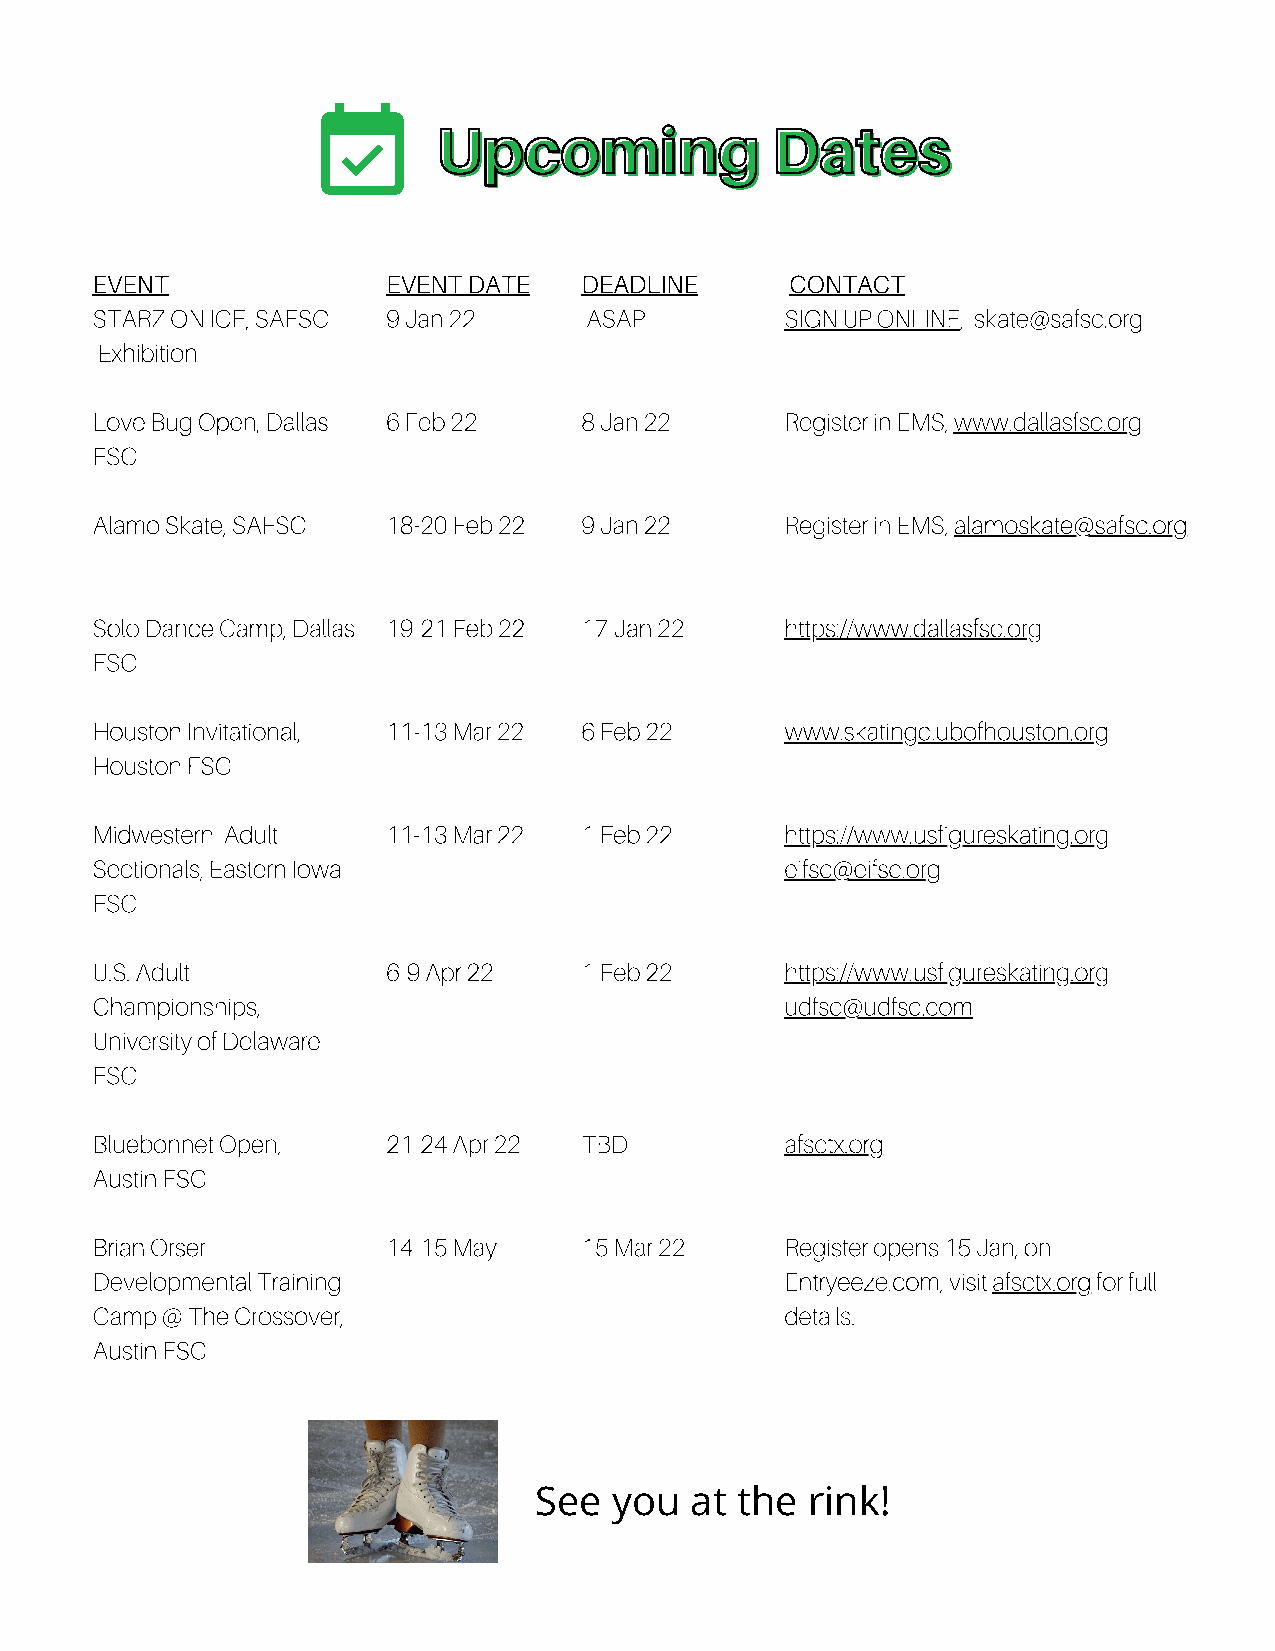
UUppccoommiinngg      DDaatteess
 EVENT               EVENT DATE  DEADLINE      CONTACT
 STARZ ON ICE, SAFSC 9 Jan 22     ASAP         SIGN UP ONLINE, skate@safsc.org
 Exhibition
 Love Bug Open, Dallas 6 Feb 22  8 Jan 22      Register in EMS, www.dallasfsc.org
 FSC
 Alamo Skate, SAFSC  18-20 Feb 22 9 Jan 22     R egister in EMS, alamoskate@safsc.org
 Solo Dance Camp, Dallas 19-21 Feb 22 17 Jan 22 https://www.dallasfsc.org
 FSC
 Houston Invitational, 11-13 Mar 22 6 Feb 22   www.skatingclubofhouston.org
 Houston FSC
 Midwestern Adult    11-13 Mar 22 1 Feb 22     https://www.usfigureskating.org
 Sectionals, Eastern Iowa                      eifsc@eifsc.org
 FSC
 U.S. Adult          6-9 Apr 22  1 Feb 22      https://www.usfigureskating.org
 Championships,                                udfsc@udfsc.com
 University of Delaware
 FSC
 Bluebonnet Open,    21-24 Apr 22 TBD          afsctx.org
 Austin FSC
 Brian Orser         14-15 May   15 Mar 22     Register opens 15 Jan, on
 Developmental Training                        Entryeeze.com, visit afsctx.org for full
 Camp @ The Crossover,                         details.
 Austin FSC
 See  you   at the rink!